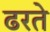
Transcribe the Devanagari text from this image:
ढरते